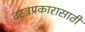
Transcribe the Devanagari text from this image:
वस्त्रप्रकारासाठी